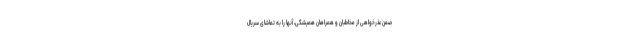
ضمن عذرخواهی از مخاطبان و همراهان همیشگی، آنها را به تماشای سریال